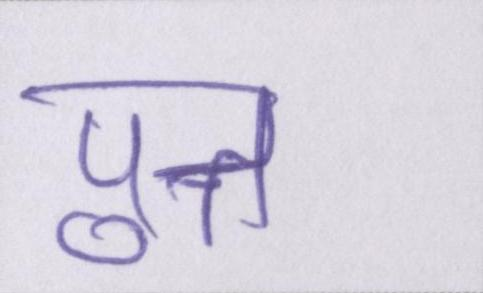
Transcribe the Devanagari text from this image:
पुत्त